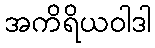
အကိရိယဝါဒါ